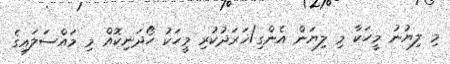
މި ލިޔުނު މީހަކާ މި ލިޔަން އެންގި/ޚަރަދުކުރި މީހަކު ހޯދަނިކޮއް މި މައްސަލައިގެ